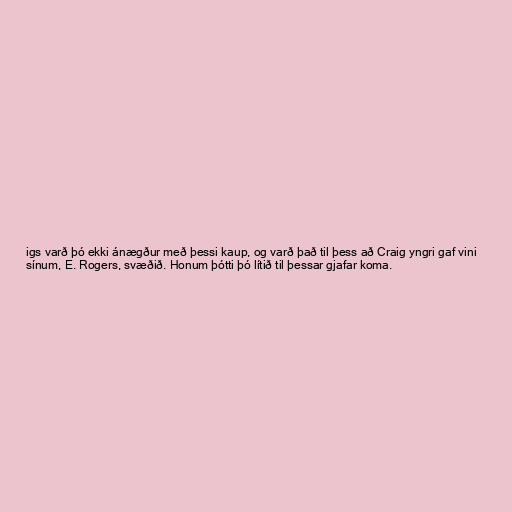
igs varð þó ekki ánægður með þessi kaup, og varð það til þess að Craig yngri gaf vini
sínum, E. Rogers, svæðið. Honum þótti þó lítið til þessar gjafar koma.